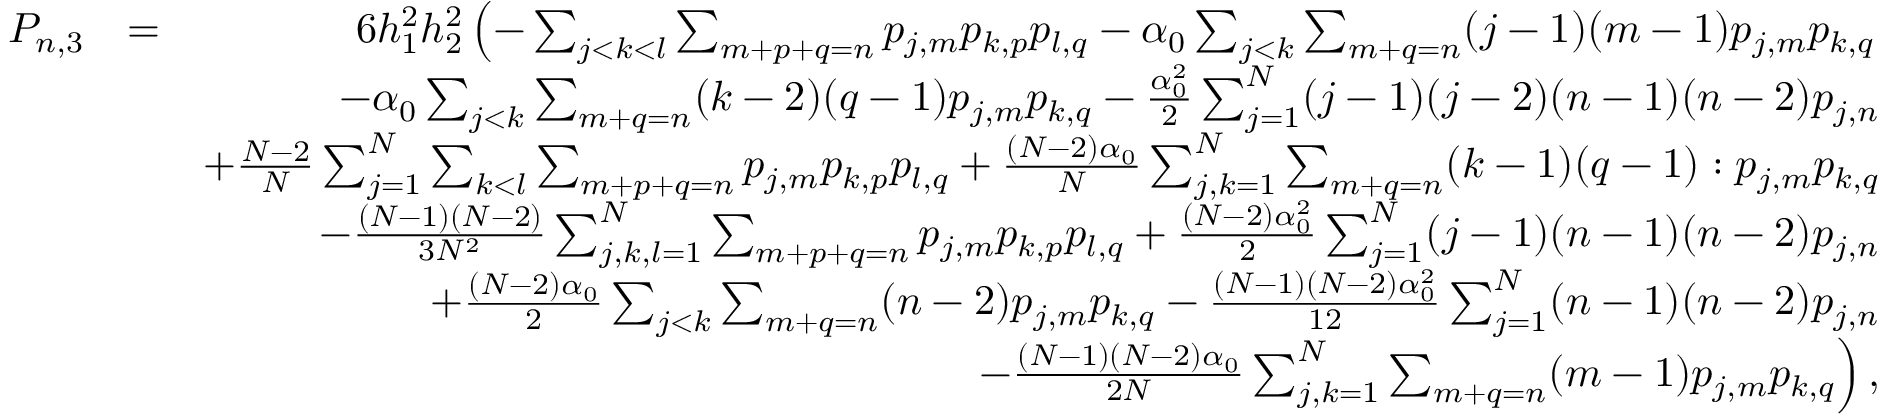
\begin{array} { r l r } { P _ { n , 3 } } & { = } & { 6 h _ { 1 } ^ { 2 } h _ { 2 } ^ { 2 } \left( - \sum _ { j < k < l } \sum _ { m + p + q = n } p _ { j , m } p _ { k , p } p _ { l , q } - \alpha _ { 0 } \sum _ { j < k } \sum _ { m + q = n } ( j - 1 ) ( m - 1 ) p _ { j , m } p _ { k , q } \right. } \\ & { } & { - \alpha _ { 0 } \sum _ { j < k } \sum _ { m + q = n } ( k - 2 ) ( q - 1 ) p _ { j , m } p _ { k , q } - \frac { \alpha _ { 0 } ^ { 2 } } { 2 } \sum _ { j = 1 } ^ { N } ( j - 1 ) ( j - 2 ) ( n - 1 ) ( n - 2 ) p _ { j , n } } \\ & { } & { + \frac { N - 2 } { N } \sum _ { j = 1 } ^ { N } \sum _ { k < l } \sum _ { m + p + q = n } p _ { j , m } p _ { k , p } p _ { l , q } + \frac { ( N - 2 ) \alpha _ { 0 } } { N } \sum _ { j , k = 1 } ^ { N } \sum _ { m + q = n } ( k - 1 ) ( q - 1 ) : p _ { j , m } p _ { k , q } } \\ & { } & { - \frac { ( N - 1 ) ( N - 2 ) } { 3 N ^ { 2 } } \sum _ { j , k , l = 1 } ^ { N } \sum _ { m + p + q = n } p _ { j , m } p _ { k , p } p _ { l , q } + \frac { ( N - 2 ) \alpha _ { 0 } ^ { 2 } } { 2 } \sum _ { j = 1 } ^ { N } ( j - 1 ) ( n - 1 ) ( n - 2 ) p _ { j , n } } \\ & { } & { + \frac { ( N - 2 ) \alpha _ { 0 } } { 2 } \sum _ { j < k } \sum _ { m + q = n } ( n - 2 ) p _ { j , m } p _ { k , q } - \frac { ( N - 1 ) ( N - 2 ) \alpha _ { 0 } ^ { 2 } } { 1 2 } \sum _ { j = 1 } ^ { N } ( n - 1 ) ( n - 2 ) p _ { j , n } } \\ & { } & { \left. - \frac { ( N - 1 ) ( N - 2 ) \alpha _ { 0 } } { 2 N } \sum _ { j , k = 1 } ^ { N } \sum _ { m + q = n } ( m - 1 ) p _ { j , m } p _ { k , q } \right) , } \end{array}